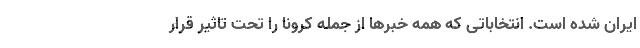
ایران شده است. انتخاباتی که همه خبرها از جمله کرونا را تحت تاثیر قرار